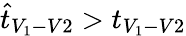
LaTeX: \hat{t}_{V_{1}-V2}>t_{V_{1}-V2}